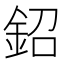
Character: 鉊